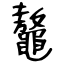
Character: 鼇